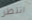
انتظر